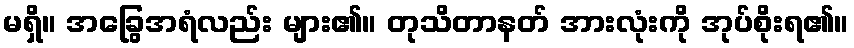
မရှိ။ အခြွေအရံလည်း များ၏။ တုသိတာနတ် အားလုံးကို အုပ်စိုးရ၏။